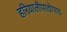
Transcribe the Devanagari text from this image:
हरियालीपाठोपाठ